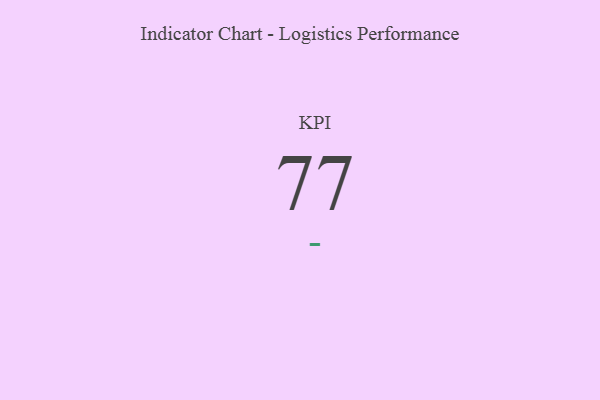
{"axis": {"x": "KPI", "y": "Value"}, "legend": [""], "data": [{"x": "KPI", "y": 77, "type": ""}]}